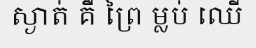
ស្ងាត់ គឺ ព្រៃ ម្លប់ ឈើ